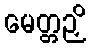
မေတ္တဉှိ